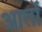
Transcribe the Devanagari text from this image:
आर्तों